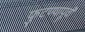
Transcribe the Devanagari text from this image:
फुटण्यापूर्वी